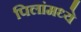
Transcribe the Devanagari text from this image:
पिलांमध्ये